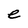
Character: e